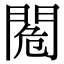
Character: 𨴓